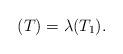
LaTeX: \begin{align*} {(T)} = \lambda {(T_1)}. \end{align*}